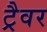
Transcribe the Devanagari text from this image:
ट्रैवर